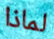
لماذا